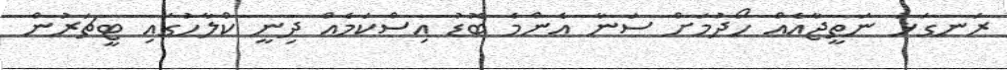
ރަނގަޅު ނަތީޖާއެއް ހޯދުމަށް ސަނާ އެންމެ ބޮޑު އިސްކަމެއް ދިނީ ކްލާހުގައި ޓީޗަރުން